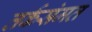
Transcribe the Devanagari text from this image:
तर्कसंमत